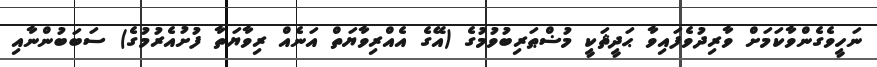
ނަހީވެގެންވާކަމަށް ވާރިދުވެފައިވާ ޙަދީޘަކީ މުޟްޠަރިބުވުމުގެ (އޭގެ އެއްރިވާޔަތް އަނެއް ރިވާޔަތާ ފުށުއެރުމުގެ) ސަބަބުންނާއި